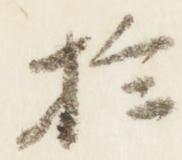
於